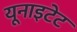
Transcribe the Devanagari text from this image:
यूनाइटेट